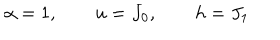
LaTeX: \alpha = 1 , \qquad u = J _ { 0 } , \qquad h = J _ { 1 }